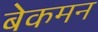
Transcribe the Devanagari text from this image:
बेकमन